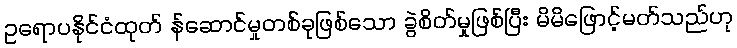
ဥရောပနိုင်ငံထုတ် န်ဆောင်မှုတစ်ခုဖြစ်သော ခွဲစိတ်မှုဖြစ်ပြီး မိမိဖြောင့်မတ်သည်ဟု